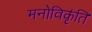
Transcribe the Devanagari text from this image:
मनोविकृ॑ति